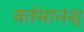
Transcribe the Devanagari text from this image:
वर्तमानश्